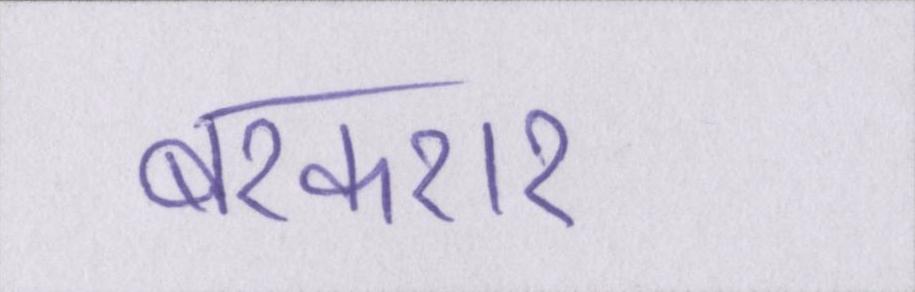
बरकरार